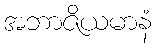
အဘာဇိယမာနံ